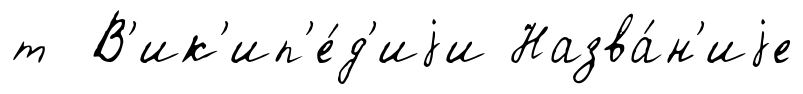
т В'ик'ип'е́д'иjи Назва́н'иjе